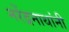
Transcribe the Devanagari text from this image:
नरेंद्रनाथांनी